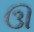
ઊ